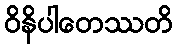
ဝိနိပါတေဿတိ